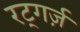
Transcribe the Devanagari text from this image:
रट्गर्ज़